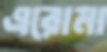
এরোমা